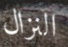
النزال